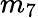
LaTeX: m_{7}